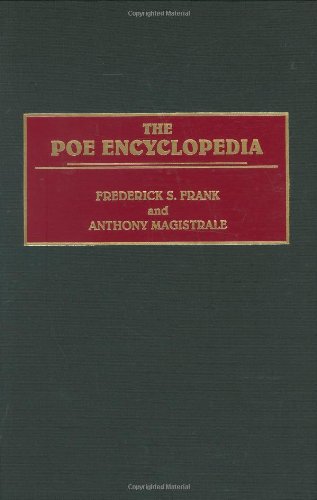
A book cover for The Poe Encyclopedia; Frederick S. Frank; Reference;